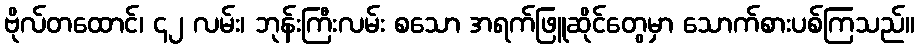
ဗိုလ်တထောင်၊ ၄၂ လမ်း၊ ဘုန်းကြီးလမ်း စသော အရက်ဖြူဆိုင်တွေမှာ သောက်စားပစ်ကြသည်။